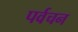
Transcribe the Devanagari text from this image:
पर्वचन